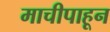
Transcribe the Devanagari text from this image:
माचीपाहून